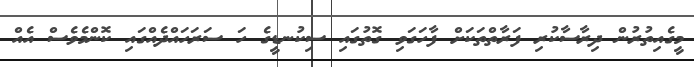
މީގެއިތުރުން ދިރާސާކުރި ފަރާތްތަކަށް ފާހަގަވި ގޮތުގައި ސިކުނޑީގެ ހަ ސަރަހައްދެއްގައި ކޮންމެވެސް އެއް